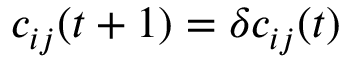
c _ { i j } ( t + 1 ) = \delta c _ { i j } ( t )